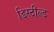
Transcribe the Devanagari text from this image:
डिस्टील्ड